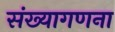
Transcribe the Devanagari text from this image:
संख्यागणना